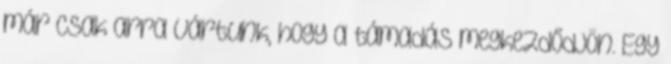
már csak arra vártunk, hogy a támadás megkezdődjön. Egy